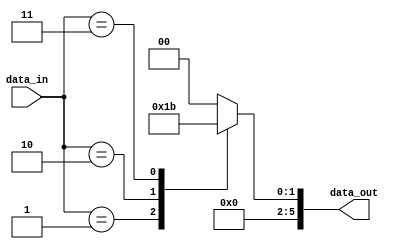
module encoder(input [n-1:0] data_in,
               output [m-1:0] data_out);

   // Parameters
   parameter n = 4; // Number of input signals
   parameter m = 2^n; // Number of unique binary output codes

   // Declare internal signals
   reg [n-1:0] index;

   // Logic to determine index based on input signals
   always @*
   begin
      case(data_in)
         4'b0000 : index = 0;
         4'b0001 : index = 1;
         4'b0010 : index = 2;
         4'b0011 : index = 3;
         // Add more cases for additional input signals
         default : index = 0; // Default case
      endcase
   end

   // Generate binary output code based on index
   assign data_out = index;

endmodule